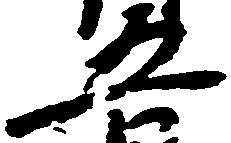
五